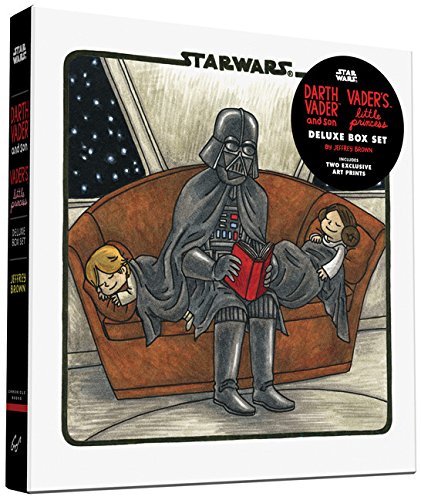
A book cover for Darth Vader & Son / Vader's Little Princess Deluxe Box Set (includes two art prints) (Star Wars); Jeffrey Brown; Humor & Entertainment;